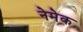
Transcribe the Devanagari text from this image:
नेमेक